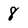
Character: 8